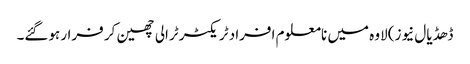
ڈھڈیال نیوز) لاوہ میں نامعلوم افراد ٹریکٹر ٹرالی چھین کر فرار ہوگئے۔